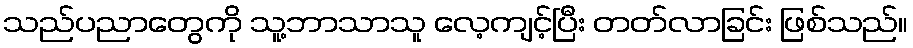
သည်ပညာတွေကို သူ့ဘာသာသူ လေ့ကျင့်ပြီး တတ်လာခြင်း ဖြစ်သည်။